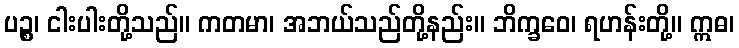
ပဉ္စ၊ ငါးပါးတို့သည်။ ကတမာ၊ အဘယ်သည်တို့နည်း။ ဘိက္ခဝေ၊ ရဟန်းတို့။ ဣဓ၊